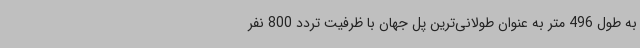
به طول 496 متر به عنوان طولانی‌ترین پل جهان با ظرفیت تردد 800 نفر